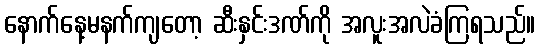
နောက်နေ့မနက်ကျတော့ ဆီးနှင်းဒဏ်ကို အလူးအလဲခံကြရသည်။